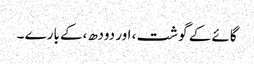
گائے کے گوشت ، اور دودھ ،کے بارے ۔